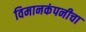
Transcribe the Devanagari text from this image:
विमानकंपनीचा